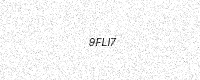
Text: 9FLI7